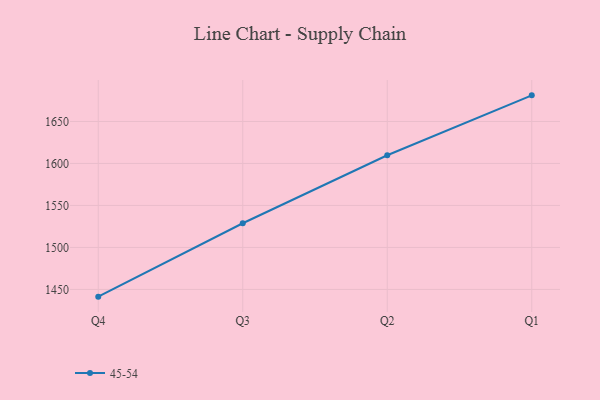
{"axis": {"x": "Quarter", "y": "Website Visitors"}, "legend": ["45-54"], "data": [{"x": "Q4", "y": 1441.4, "type": "45-54"}, {"x": "Q3", "y": 1528.8, "type": "45-54"}, {"x": "Q2", "y": 1609.8, "type": "45-54"}, {"x": "Q1", "y": 1681.1, "type": "45-54"}]}